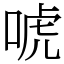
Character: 唬